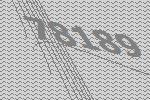
78189